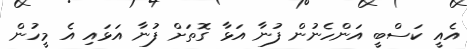
އެއީ ކަސްބީ އަންހެނުން ފުނާ އަޅާ ގޮތަށް ފުނާ އަޅައި އެ މީހުން